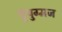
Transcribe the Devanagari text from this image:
पुंयुग्मज